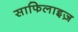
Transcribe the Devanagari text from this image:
साफिलाइज़